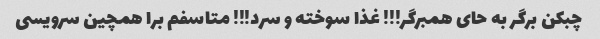
چبکن برگر به حای همبرگر!!! غذا سوخته و سرد!!! متاسفم برا همچین سرویسی